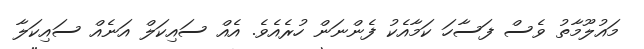
މައުލޫމާތު ވެސް ފަސާހަ ކަމާއެކު ފެންނަން ހުރެއެވެ. އެއް ސައިކަލް އަނެއް ސައިކަލާ